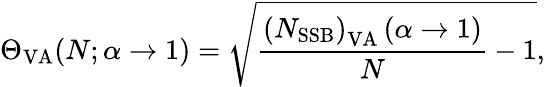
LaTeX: \Theta_{\mathrm{VA}}(N;\alpha\rightarrow 1)=\sqrt{\frac{\left(N_{\mathrm{SSB}}\right)_{\mathrm{VA}}\left(\alpha\rightarrow 1\right)}{N}-1},